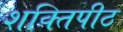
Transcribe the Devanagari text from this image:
शक्‍तिपीठ